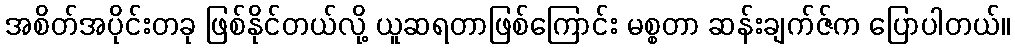
အစိတ်အပိုင်းတခု ဖြစ်နိုင်တယ်လို့ ယူဆရတာဖြစ်ကြောင်း မစ္စတာ ဆန်းချက်ဇ်က ပြောပါတယ်။